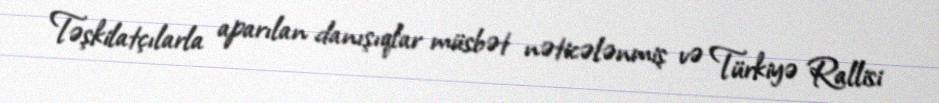
Təşkilatçılarla aparılan danışıqlar müsbət nəticələnmiş və Türkiyə Rallisi